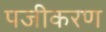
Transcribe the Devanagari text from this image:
पजीकरण